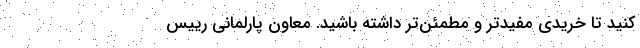
کنید تا خریدی مفید‌تر و مطمئن‌تر داشته باشید. معاون پارلمانی رییس